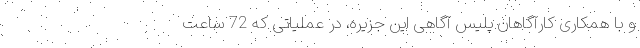
و با همکاری کارآگاهان پلیس آگاهی این جزیره، در عملیاتی که 72 ساعت